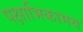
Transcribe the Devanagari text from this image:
पक्षाभिकामय